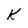
Character: k